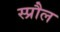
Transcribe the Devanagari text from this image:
स्प्रौल